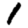
Digit: 1